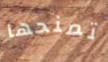
تمنحها